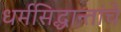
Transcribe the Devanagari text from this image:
धर्मसिद्धान्तांचे